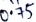
Text: 0.75